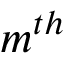
m ^ { t h }